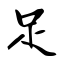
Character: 足